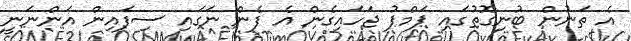
އެ ތަނުން ބުނިގޮތުގައި ޕަމްޕު ޖަހައިގެން އެ ފެން ނަގައި ސިފައިން އަންނަނީ